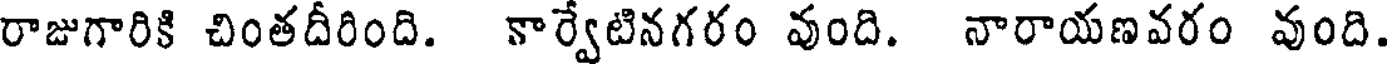
రాజుగారికి చింతదీరింది. కార్వేటినగరం వుంది. నారాయణవరం వుంది.